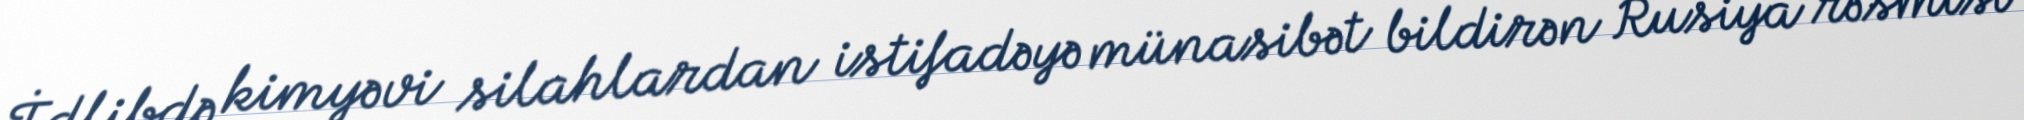
İdlibdə kimyəvi silahlardan istifadəyə münasibət bildirən Rusiya rəsmisi